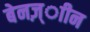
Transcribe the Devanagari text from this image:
बेनज़्ाीन